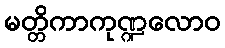
မတ္တိကာကုဏ္ဍလောဝ